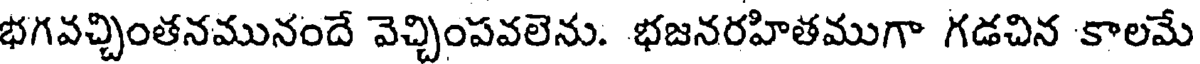
భగవచ్చింతనమునందే వెచ్చింపవలెను. భజనరహితముగా గడచిన కాలమే